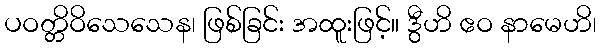
ပဝတ္တိဝိသေသေန၊ ဖြစ်ခြင်း အထူးဖြင့်။ ဒွီဟိ ဧဝ နာမေဟိ၊